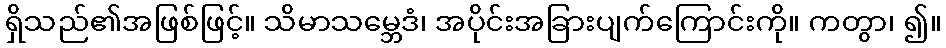
ရှိသည်၏အဖြစ်ဖြင့်။ သိမာသမ္ဘေဒံ၊ အပိုင်းအခြားပျက်ကြောင်းကို။ ကတွာ၊ ၍။